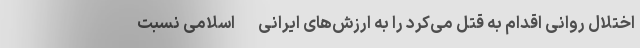
اختلال روانی اقدام به قتل می‌کرد را به ارزش‌های ایرانی- اسلامی نسبت